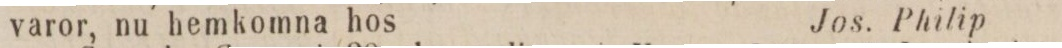
varor, nu hemkomna hos    Jos. Philip